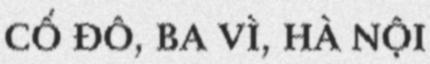
CỔ ĐÔ, BA VÌ, HÀ NỘI